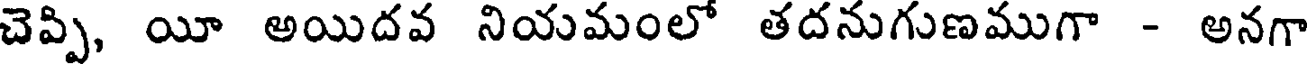
చెప్పి, యీ అయిదవ నియమంలో తదనుగుణముగా - అనగా